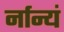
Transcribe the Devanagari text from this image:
र्नान्यं